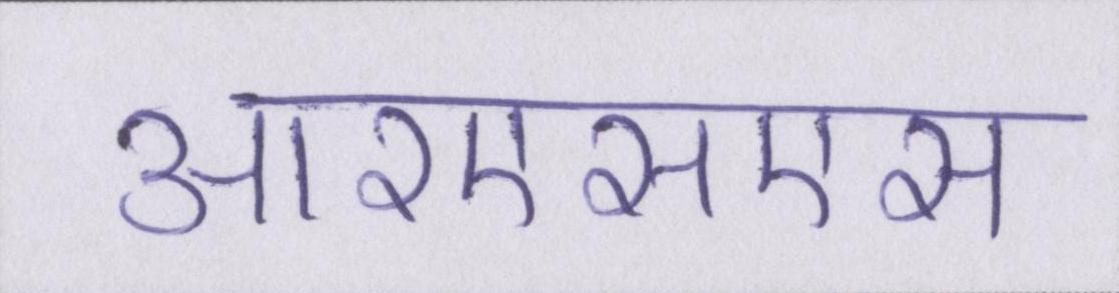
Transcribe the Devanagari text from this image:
आरएसएस